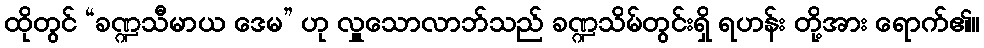
ထိုတွင် “ခဏ္ဍသီမာယ ဒေမ” ဟု လှူသောလာဘ်သည် ခဏ္ဍသိမ်တွင်းရှိ ရဟန်း တို့အား ရောက်၏။